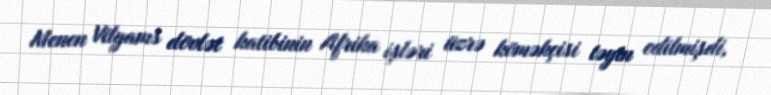
Menen Vilyams dövlət katibinin Afrika işləri üzrə köməkçisi təyin edilmişdi,